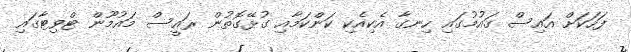
ފަހަކަށް އައިސް ގައުމުގައި ހިނގާ އެކިއެކި ކަންކަމާއި ގުޅޭގޮތުން ރައީސް މައުމޫން ޓްވިޓާގައި